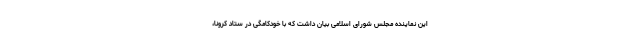
این نماینده مجلس شورای اسلامی بیان داشت که با خودکامگی‌ در ستاد کرونا،